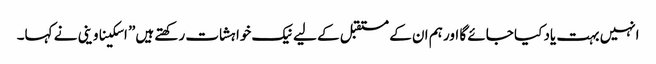
انہیں بہت یاد کیا جائے گا اور ہم ان کے مستقبل کے لیے نیک خواہشات رکھتے ہیں” اسکیناوینی نے کہا۔